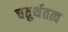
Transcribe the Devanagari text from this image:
चतुर्थतत्व